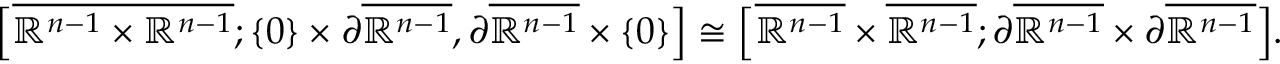
\Bigl [ \overline { { \mathbb { R } ^ { n - 1 } \times \mathbb { R } ^ { n - 1 } } } ; \{ 0 \} \times \partial \overline { { \mathbb { R } ^ { n - 1 } } } , \partial \overline { { \mathbb { R } ^ { n - 1 } } } \times \{ 0 \} \Bigr ] \cong \Bigl [ \overline { { \mathbb { R } ^ { n - 1 } } } \times \overline { { \mathbb { R } ^ { n - 1 } } } ; \partial \overline { { \mathbb { R } ^ { n - 1 } } } \times \partial \overline { { \mathbb { R } ^ { n - 1 } } } \Bigr ] .